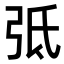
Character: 弤